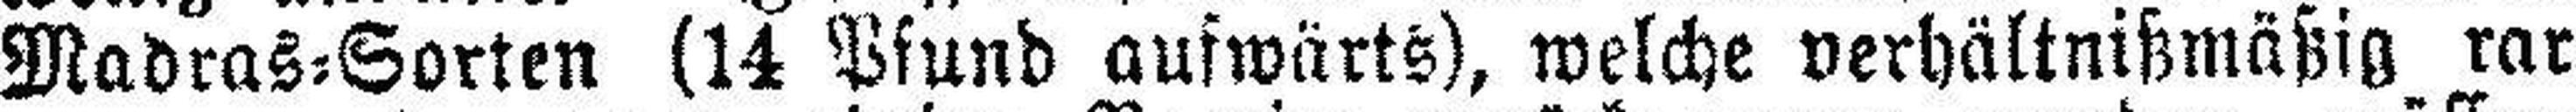
Madras=Sorten (14 Pfund aufwärts), welche verhältnißmäßig rar